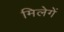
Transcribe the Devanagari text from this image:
मिलेगें